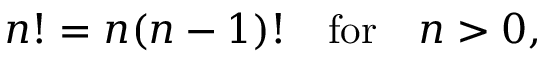
n ! = n ( n - 1 ) ! \quad { \mathrm { f o r } } \quad n > 0 ,